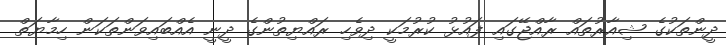
ދީންތަކުގެ ޝިއާރުތައް ރާއްޖޭގައި ފައުޅު ކުރުމަކީ ދިވެހި ރައްޔިތުންގެ ދީނީ އެއްބައިވަންތަކަން ހިމާޔަތް